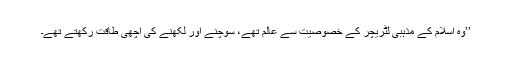
’’وہ اسلام کے مذہبی لٹریچر کے خصوصیت سے عالم تھے، سوچنے اور لکھنے کی اچھی طاقت رکھتے تھے۔